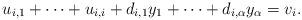
LaTeX: \begin{align*}u_{i,1} + \cdots + u_{i,i} + d_{i,1} y_1 + \cdots + d_{i,\alpha} y_\alpha = v_i.\end{align*}